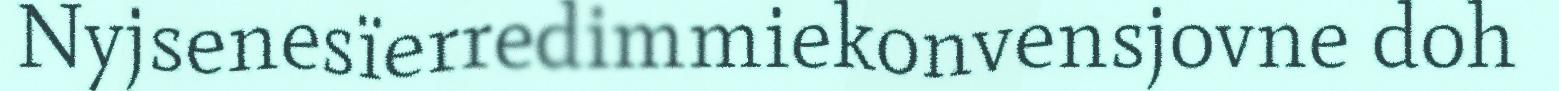
Nyjsenesïerredimmiekonvensjovne doh